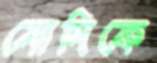
মোদিকে